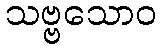
သဗ္ဗသောဝ